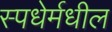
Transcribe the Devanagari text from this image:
स्पधेर्मधील